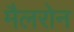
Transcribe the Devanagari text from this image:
मैलरोन